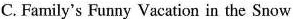
C. Family's Funny Vacation in the Snow